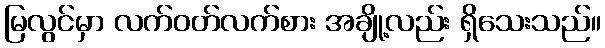
မြလွင်မှာ လက်ဝတ်လက်စား အချို့လည်း ရှိသေးသည်။